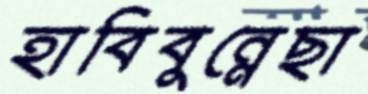
হাবিবুন্নেছা